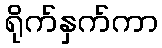
ရိုက်နှက်ကာ